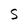
Character: 5